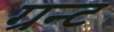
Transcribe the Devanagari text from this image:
ग्रन्ट